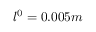
l ^ { 0 } = 0 . 0 0 5 m